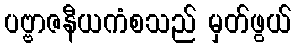
ပဗ္ဗာဇနီယကံစသည် မှတ်ဖွယ်